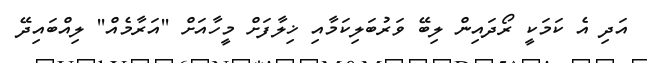
އަދި އެ ކަމަކީ ރޯދައިން ލިބޭ ވަރުބަލިކަމާއި ޚިލާފަށް މީހާއަށް ''އަރާމެއް'' ލިއްބައިދޭ